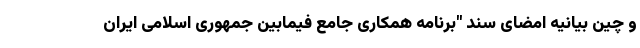
و چین بیانیه امضای سند "برنامه همکاری جامع فیمابین جمهوری اسلامی ایران